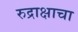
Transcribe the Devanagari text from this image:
रुद्राक्षाचा